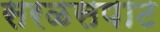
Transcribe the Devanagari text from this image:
सरळसपाट